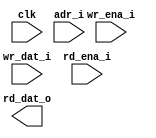
module ram_sp_1536x32 (
  // global
  clk         ,
  // address
  adr_i       ,
  // write
  wr_ena_i    ,
  wr_dat_i    ,
  // read
  rd_ena_i    ,
  rd_dat_o
);

//*** PARAMETER ****************************************************************


//*** INPUT/OUTPUT *************************************************************

  // global
  input               clk         ;
  // address
  input  [11-1 :0]    adr_i       ;
  // write
  input               wr_ena_i    ;
  input  [32-1 :0]    wr_dat_i    ;
  // read
  input               rd_ena_i    ;
  output [32-1 :0]    rd_dat_o    ;


//*** WIRE/REG *****************************************************************


//*** MAIN BODY ****************************************************************

  wire cen_w    = !(wr_ena_i || rd_ena_i) ;
  wire wr_ena_w = !wr_ena_i ;

`ifdef RTL_MODEL
  sram_sp_be_behave #(
    .ADR_WD    ( 11          ),
    .DAT_WD    ( 32          ),
    .COL_WD    ( 32          )
  ) sram_sp_be_behave(
    .clk       ( clk         ),
    .adr       ( adr_i       ),
    .wr_ena    ( wr_ena_i    ), // high active
    .wr_dat    ( wr_dat_i    ),
    .rd_ena    ( rd_ena_i    ), // high active 
    .rd_dat    ( rd_dat_o    )
    );

`endif

`ifdef XM_MODEL 
  rfsphd_1536x32 u_rfsphd_1536x32(
      .Q      ( rd_dat_o          ), // output data 
      .CLK    ( clk               ), // clk 
      .CEN    ( cen_w             ), // low active 
      .WEN    ( wr_ena_w          ), // low active 
      .A      ( adr_i             ), // address 
      .D      ( wr_dat_i          ), // input data 
      .EMA    ( 3'b1  ),  
      .EMAW   ( 2'b0  ),
      .RET1N  ( 1'b1  ) 
    );

`endif

endmodule